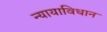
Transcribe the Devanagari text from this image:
न्यायाविधान